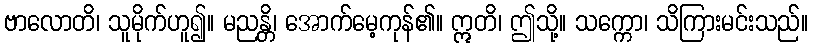
ဗာလောတိ၊ သူမိုက်ဟူ၍။ မညန္တိ၊ အောက်မေ့ကုန်၏။ ဣတိ၊ ဤသို့။ သက္ကော၊ သိကြားမင်းသည်။